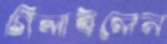
গিলাইলেন